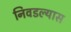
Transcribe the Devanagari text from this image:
निवडल्यास